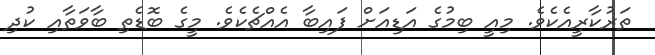
ތަރުކާރީއެކެވެ. މިއީ ބިމުގެ އަޑިއަށް ފައިބާ އެއްޗެކެވެ. މީގެ ބޮޑެތި ބާވަތާއި ކުދި